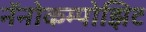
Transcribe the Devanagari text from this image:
नॅनोकम्पोझिट